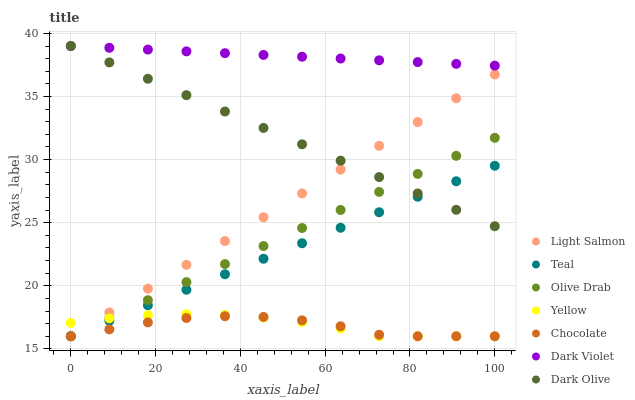
| xaxis_label | Light Salmon | Teal | Olive Drab | Yellow | Chocolate | Dark Violet | Dark Olive |
 | --- | --- | --- | --- | --- | --- | --- | --- |
 | 0 | 16 | 16 | 16 | 17 | 16 | 39 | 39 |
 | 9.09 | 17.9 | 17.2 | 17.4 | 17.4 | 16.5 | 38.9 | 37.7 |
 | 18.2 | 19.8 | 18.5 | 18.9 | 17.7 | 17.1 | 38.7 | 36.4 |
 | 27.3 | 21.7 | 19.7 | 20.3 | 17.8 | 17.4 | 38.6 | 35.1 |
 | 36.4 | 23.5 | 20.9 | 21.7 | 17.7 | 17.6 | 38.4 | 33.8 |
 | 45.5 | 25.4 | 22.1 | 23.1 | 17.5 | 17.5 | 38.3 | 32.5 |
 | 54.5 | 27.3 | 23.4 | 24.6 | 17.1 | 17.3 | 38.2 | 31.2 |
 | 63.6 | 29.2 | 24.6 | 26 | 16.6 | 16.8 | 38 | 29.9 |
 | 72.7 | 31.1 | 25.8 | 27.4 | 16 | 16.1 | 37.9 | 28.6 |
 | 81.8 | 33 | 27.1 | 28.9 | 16 | 16 | 37.7 | 27.3 |
 | 90.9 | 34.9 | 28.3 | 30.3 | 16 | 16 | 37.6 | 26 |
 | 100 | 36.7 | 29.5 | 31.7 | 16 | 16 | 37.4 | 24.7 |